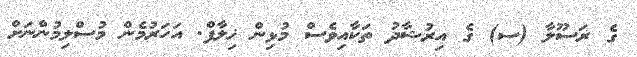
ގެ ރަސޫލާ (ސ) ގެ އިރުޝާދު ތަކާއިވެސް މުޅިން ޚިލާފް. އަހަރުމެން މުސްލިމުންނަށް